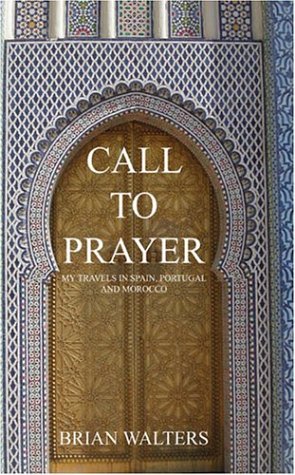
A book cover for Call to Prayer: My Travels in Spain, Portugal and Morocco; Brian Walters; Travel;